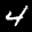
Digit: 4